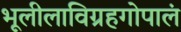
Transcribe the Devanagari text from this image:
भूलीलाविग्रहगोपालं